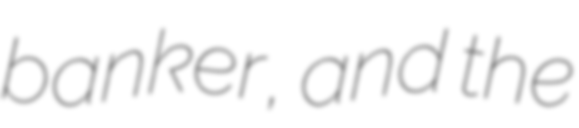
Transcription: banker, and the